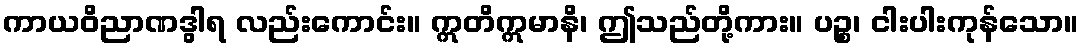
ကာယဝိညာဏဒွါရ လည်းကောင်း။ ဣတိဣမာနိ၊ ဤသည်တို့ကား။ ပဉ္စ၊ ငါးပါးကုန်သော။